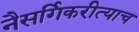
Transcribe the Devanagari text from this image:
नैसर्गिकरीत्याच